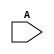
`timescale 1ns / 1ps
//////////////////////////////////////////////////////////////////////////////////
// Company: 
// Engineer: 
// 
// Design Name: 
// Module Name: FinalModule
// Project Name: 
// Target Devices: 
// Tool Versions: 
// Description: 
// 
// Dependencies: 
// 
// Revision:
// Revision 0.01 - File Created
// Additional Comments:
// 
//////////////////////////////////////////////////////////////////////////////////


module FinalModule(
    input [3:0] A
    );
endmodule